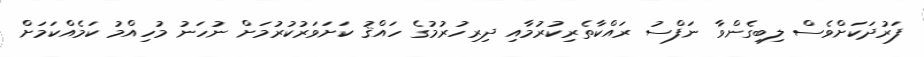
ފަރުދަކަށްވެސް ލިބިގެންވާ ނަފްސު ރައްކާތެރިކުރުމާއި ދިރިހުރުމުގެ ހައްޤު ކަށަވަރުކުރުމަށް ނުހަނު މުހިއްމު ކަމެއްކަމަށް